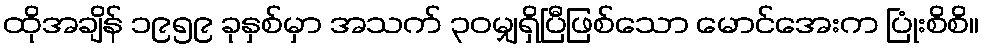
ထိုအချိန် ၁၉၅၉ ခုနှစ်မှာ အသက် ၃၀မျှရှိပြီဖြစ်သော မောင်အေးက ပြုံးစိစိ။